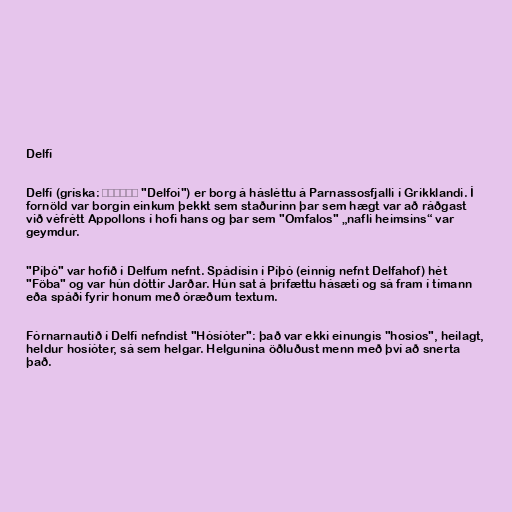
Delfí

Delfí (gríska: Δελφοί "Delfoi") er borg á hásléttu á Parnassosfjalli í Grikklandi. Í
fornöld var borgin einkum þekkt sem staðurinn þar sem hægt var að ráðgast
við véfrétt Appollons í hofi hans og þar sem "Omfalos" „nafli heimsins“ var
geymdur.

"Píþó" var hofið í Delfum nefnt. Spádísin í Píþó (einnig nefnt Delfahof) hét
"Föba" og var hún dóttir Jarðar. Hún sat á þrífættu hásæti og sá fram í tímann
eða spáði fyrir honum með óræðum textum.

Fórnarnautið í Delfí nefndist "Hósíóter": það var ekki einungis "hosios", heilagt,
heldur hosíóter, sá sem helgar. Helgunina öðluðust menn með því að snerta
það.